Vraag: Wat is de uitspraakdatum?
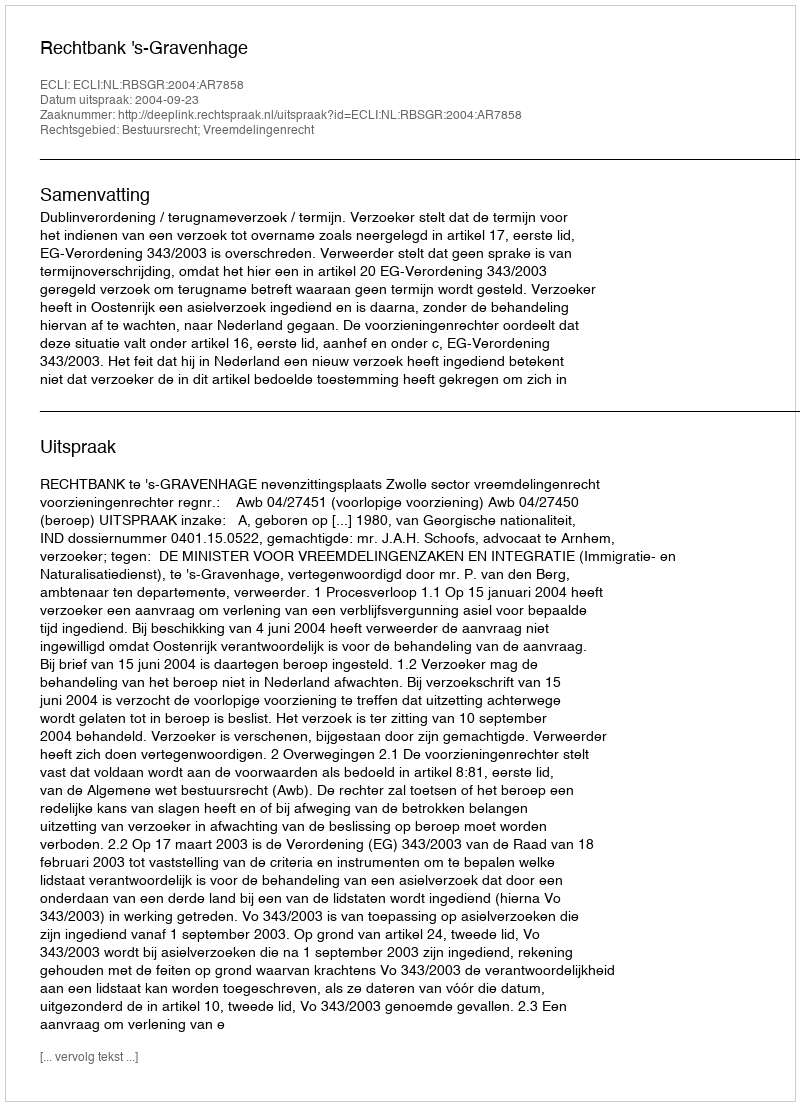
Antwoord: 2004-09-23